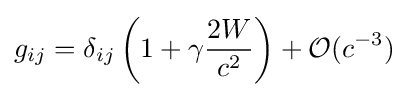
g_{ij}=\delta _{ij}\left(1+\gamma {\frac {2W}{c^{2}}}\right)+{\mathcal {O}}(c^{-3})